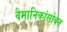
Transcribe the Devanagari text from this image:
वैमानिकांसोबत